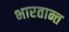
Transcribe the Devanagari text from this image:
भारतान्त